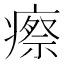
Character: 瘵